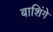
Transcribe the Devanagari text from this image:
बाशिंगे